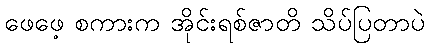
ဖေဖေ့ စကားက အိုင်းရစ်ဇာတိ သိပ်ပြတာပဲ